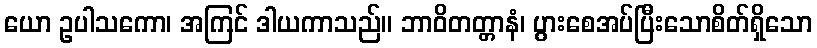
ယော ဥပါသကော၊ အကြင် ဒါယကာသည်။ ဘာဝိတတ္တာနံ၊ ပွားစေအပ်ပြီးသောစိတ်ရှိသော